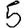
Digit: 5